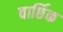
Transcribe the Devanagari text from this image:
वार्छिक